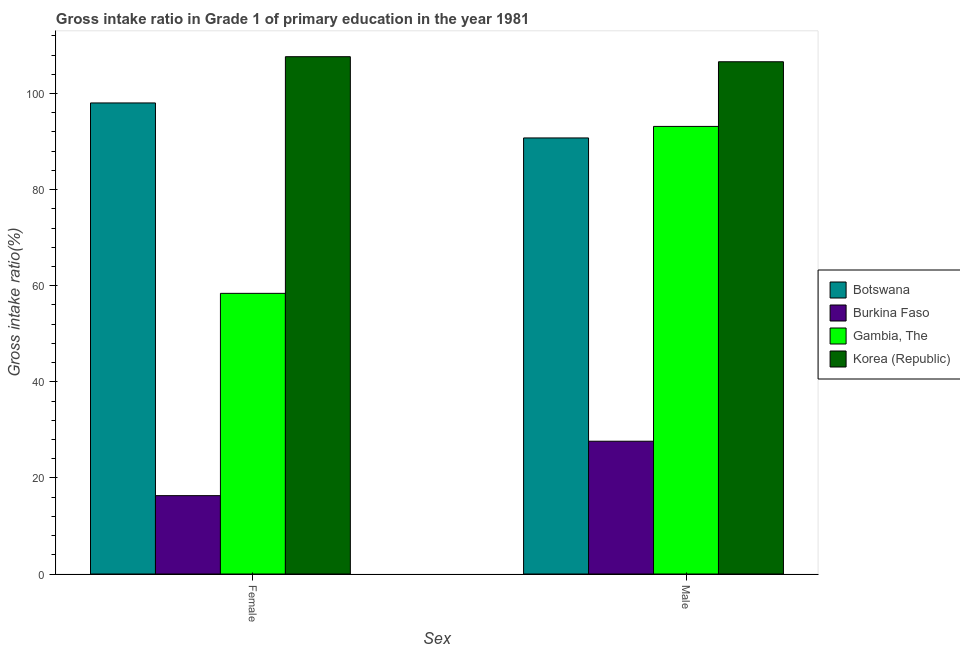
| Sex | Botswana | Burkina Faso | Gambia, The | Korea (Republic) |
 | --- | --- | --- | --- | --- |
 | Female | 98 | 16.3 | 58.4 | 108 |
 | Male | 90.8 | 27.6 | 93.2 | 107 |